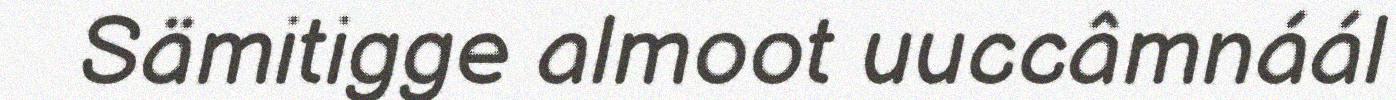
Sämitigge almoot uuccâmnáál